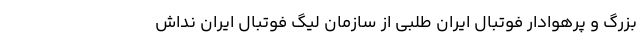
بزرگ و پرهوادار فوتبال ایران طلبی از سازمان لیگ فوتبال ایران نداش